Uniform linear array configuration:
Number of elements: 64
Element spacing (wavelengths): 0.5
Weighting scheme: kaiser
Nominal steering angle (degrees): -45
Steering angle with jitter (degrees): -46.088
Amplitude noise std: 0.05
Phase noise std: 0.05

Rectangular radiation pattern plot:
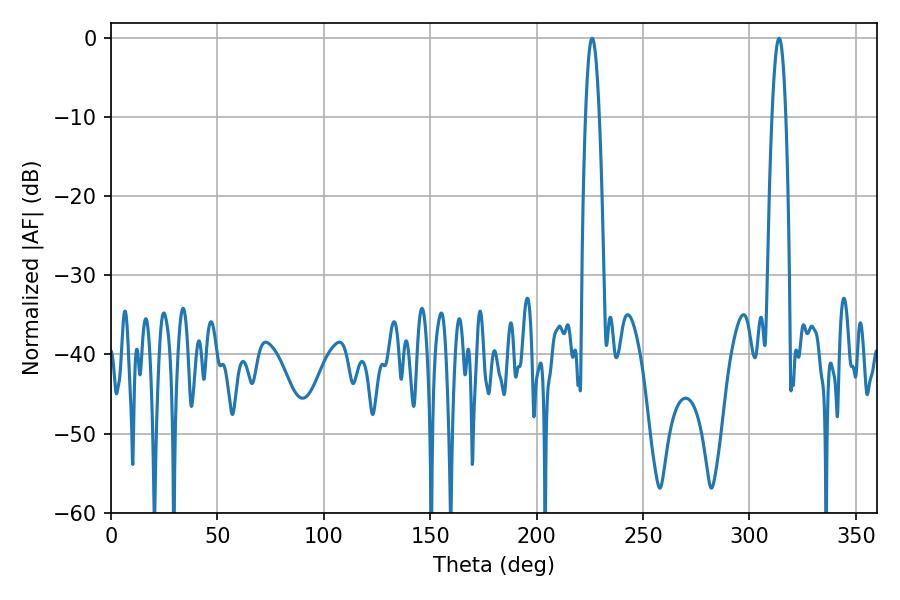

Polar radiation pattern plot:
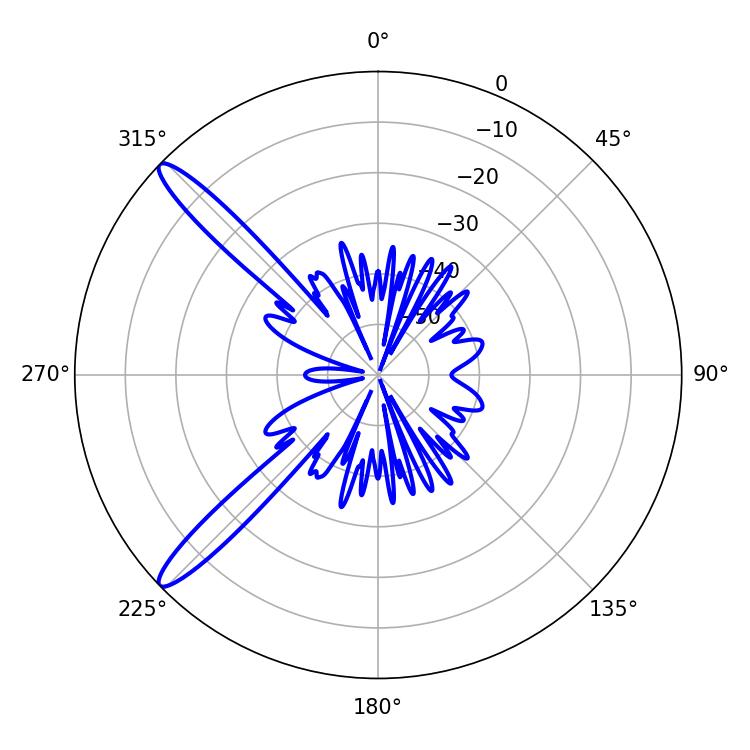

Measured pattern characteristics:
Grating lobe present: FALSE
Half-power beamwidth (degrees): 3.6
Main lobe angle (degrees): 226.08